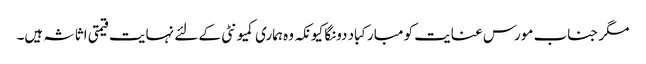
مگر جناب مورس عنایت کو مبارکباد دونگا کیونکہ وہ ہماری کمیونٹی کے لئے نہایت قیمتی اثاثہ ہیں۔